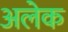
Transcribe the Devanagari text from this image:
अलेक